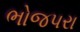
ભોજપરા